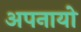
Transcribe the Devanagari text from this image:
अपनायो